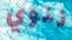
ننوي